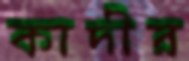
কাদীর